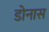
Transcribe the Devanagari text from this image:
डोनास